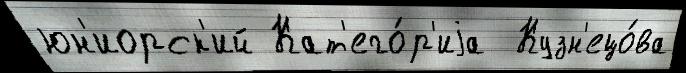
юн'иорск'ий Кат'его́р'иjа  Кузн'ецо́ва